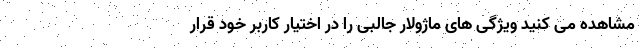
مشاهده می کنید ویژگی های ماژولار جالبی را در اختیار کاربر خود قرار